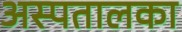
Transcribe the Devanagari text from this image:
अस्पतालका